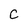
Character: C